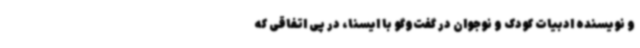
و نویسنده ادبیات کودک و نوجوان در گفت‌وگو با ایسنا، در پی اتفاقی که